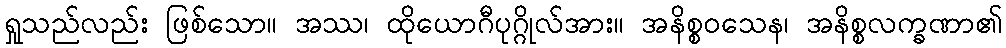
ရှုသည်လည်း ဖြစ်သော။ အဿ၊ ထိုယောဂီပုဂ္ဂိုလ်အား။ အနိစ္စဝသေန၊ အနိစ္စလက္ခဏာ၏